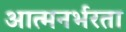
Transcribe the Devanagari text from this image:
आत्मनर्भरता